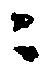
ニ